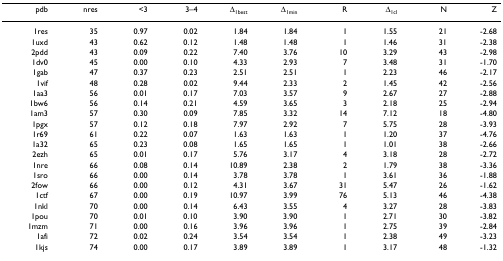
<table><thead><tr><td><b>pdb</b></td><td><b>nres</b></td><td><b>&lt;3</b></td><td><b>3–4</b></td><td><b>Δ<sub>1best</sub></b></td><td><b>Δ<sub>1min</sub></b></td><td><b>R</b></td><td><b>Δ<sub>1cl</sub></b></td><td><b>N</b></td><td><b>Z</b></td></tr></thead><tbody><tr><td>1res</td><td>35</td><td>0.97</td><td>0.02</td><td>1.84</td><td>1.84</td><td>1</td><td>1.55</td><td>21</td><td>-2.68</td></tr><tr><td>1uxd</td><td>43</td><td>0.62</td><td>0.12</td><td>1.48</td><td>1.48</td><td>1</td><td>1.46</td><td>31</td><td>-2.38</td></tr><tr><td>2pdd</td><td>43</td><td>0.09</td><td>0.22</td><td>7.40</td><td>3.76</td><td>10</td><td>3.29</td><td>43</td><td>-2.98</td></tr><tr><td>1dv0</td><td>45</td><td>0.00</td><td>0.10</td><td>4.33</td><td>2.93</td><td>7</td><td>3.48</td><td>31</td><td>-1.70</td></tr><tr><td>1gab</td><td>47</td><td>0.37</td><td>0.23</td><td>2.51</td><td>2.51</td><td>1</td><td>2.23</td><td>46</td><td>-2.17</td></tr><tr><td>1vif</td><td>48</td><td>0.28</td><td>0.02</td><td>9.44</td><td>2.33</td><td>2</td><td>1.45</td><td>42</td><td>-2.56</td></tr><tr><td>1aa3</td><td>56</td><td>0.01</td><td>0.17</td><td>7.03</td><td>3.57</td><td>9</td><td>2.67</td><td>27</td><td>-2.88</td></tr><tr><td>1bw6</td><td>56</td><td>0.14</td><td>0.21</td><td>4.59</td><td>3.65</td><td>3</td><td>2.18</td><td>25</td><td>-2.94</td></tr><tr><td>1am3</td><td>57</td><td>0.30</td><td>0.09</td><td>7.85</td><td>3.32</td><td>14</td><td>7.12</td><td>18</td><td>-4.80</td></tr><tr><td>1pgx</td><td>57</td><td>0.12</td><td>0.18</td><td>7.97</td><td>2.92</td><td>7</td><td>5.75</td><td>28</td><td>-3.93</td></tr><tr><td>1r69</td><td>61</td><td>0.22</td><td>0.07</td><td>1.63</td><td>1.63</td><td>1</td><td>1.20</td><td>37</td><td>-4.76</td></tr><tr><td>1a32</td><td>65</td><td>0.23</td><td>0.08</td><td>1.65</td><td>1.65</td><td>1</td><td>1.01</td><td>38</td><td>-2.66</td></tr><tr><td>2ezh</td><td>65</td><td>0.01</td><td>0.17</td><td>5.76</td><td>3.17</td><td>4</td><td>3.18</td><td>28</td><td>-2.72</td></tr><tr><td>1nre</td><td>66</td><td>0.08</td><td>0.14</td><td>10.89</td><td>2.38</td><td>2</td><td>1.79</td><td>38</td><td>-3.36</td></tr><tr><td>1sro</td><td>66</td><td>0.00</td><td>0.14</td><td>3.78</td><td>3.78</td><td>1</td><td>3.61</td><td>36</td><td>-1.88</td></tr><tr><td>2fow</td><td>66</td><td>0.00</td><td>0.12</td><td>4.31</td><td>3.67</td><td>31</td><td>5.47</td><td>26</td><td>-1.62</td></tr><tr><td>1ctf</td><td>67</td><td>0.00</td><td>0.19</td><td>10.97</td><td>3.99</td><td>76</td><td>5.13</td><td>46</td><td>-4.38</td></tr><tr><td>1nkl</td><td>70</td><td>0.00</td><td>0.14</td><td>6.43</td><td>3.55</td><td>4</td><td>3.27</td><td>28</td><td>-3.83</td></tr><tr><td>1pou</td><td>70</td><td>0.01</td><td>0.10</td><td>3.90</td><td>3.90</td><td>1</td><td>2.71</td><td>30</td><td>-3.82</td></tr><tr><td>1mzm</td><td>71</td><td>0.00</td><td>0.16</td><td>3.96</td><td>3.96</td><td>1</td><td>2.75</td><td>39</td><td>-2.84</td></tr><tr><td>1afi</td><td>72</td><td>0.02</td><td>0.24</td><td>3.54</td><td>3.54</td><td>1</td><td>2.38</td><td>49</td><td>-3.23</td></tr><tr><td>1kjs</td><td>74</td><td>0.00</td><td>0.17</td><td>3.89</td><td>3.89</td><td>1</td><td>3.17</td><td>48</td><td>-1.32</td></tr></tbody></table>